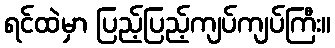
ရင်ထဲမှာ ပြည့်ပြည့်ကျပ်ကျပ်ကြီး။